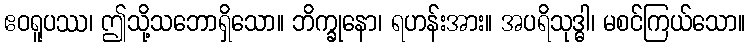
ဧဝရူပဿ၊ ဤသို့သဘောရှိသော။ ဘိက္ခုနော၊ ရဟန်းအား။ အပရိသုဒ္ဓါ၊ မစင်ကြယ်သော။